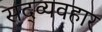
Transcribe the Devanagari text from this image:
सद्‍व्यवहार